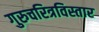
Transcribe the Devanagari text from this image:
गुरुचरित्रविस्तार